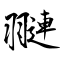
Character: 翴